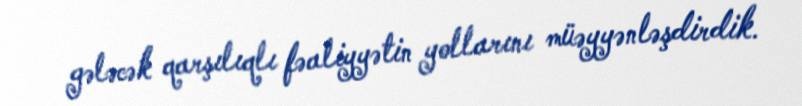
gələcək qarşılıqlı fəaliyyətin yollarını müəyyənləşdirdik.